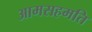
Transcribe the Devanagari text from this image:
आमसहमति